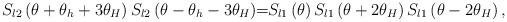
LaTeX: \begin{align*}S_{l2}\left( \theta +\theta _{h}+3\theta _{H}\right) S_{l2}\left( \theta-\theta _{h}-3\theta _{H}\right) \!\!=\!\!S_{l1}\left( \theta \right)S_{l1}\left( \theta +2\theta _{H}\right) S_{l1}\left( \theta -2\theta_{H}\right) , \end{align*}